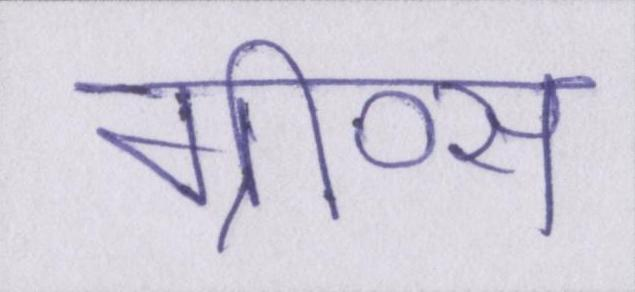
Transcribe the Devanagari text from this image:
ग्रीव्स